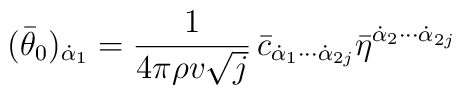
(\bar \theta_0)_{\dot \alpha_1}=\frac{1}{4\pi\rho v\sqrt{j}} \,\bar c_{\dot\alpha_1\cdots\dot\alpha_{2j}}\bar\eta^{\dot \alpha_2\cdots\dot\alpha_{2j}}